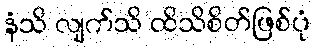
နံသိ လျက်သိ ထိသိစိတ်ဖြစ်ပုံ